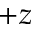
+ z